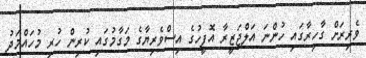
ވެރިރަށް ގާހިރާގައި ހުންނަ އަލްޖަޒީރާ އޮފީހުގެ އިސްވެރިޔާގެ މަގާމުގައި ކުރިން ހުރި މުހައްމަދު